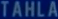
TAHLA